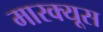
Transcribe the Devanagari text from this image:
मारक्यूस